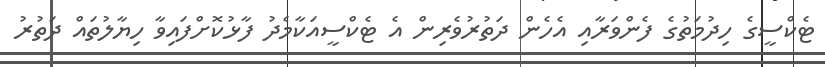
ޓެކްސީގެ ހިދުމަތުގެ ފެންވަރާއި އެހެން ދަތުރުވެރިން އެ ޓެކްސީއަކާމެދު ފާޅުކޮށްފައިވާ ހިޔާލުތައް ދަތުރު